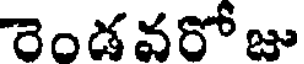
రెండవరో జు